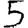
Digit: 5